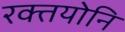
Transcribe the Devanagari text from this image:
रक्तयोनि